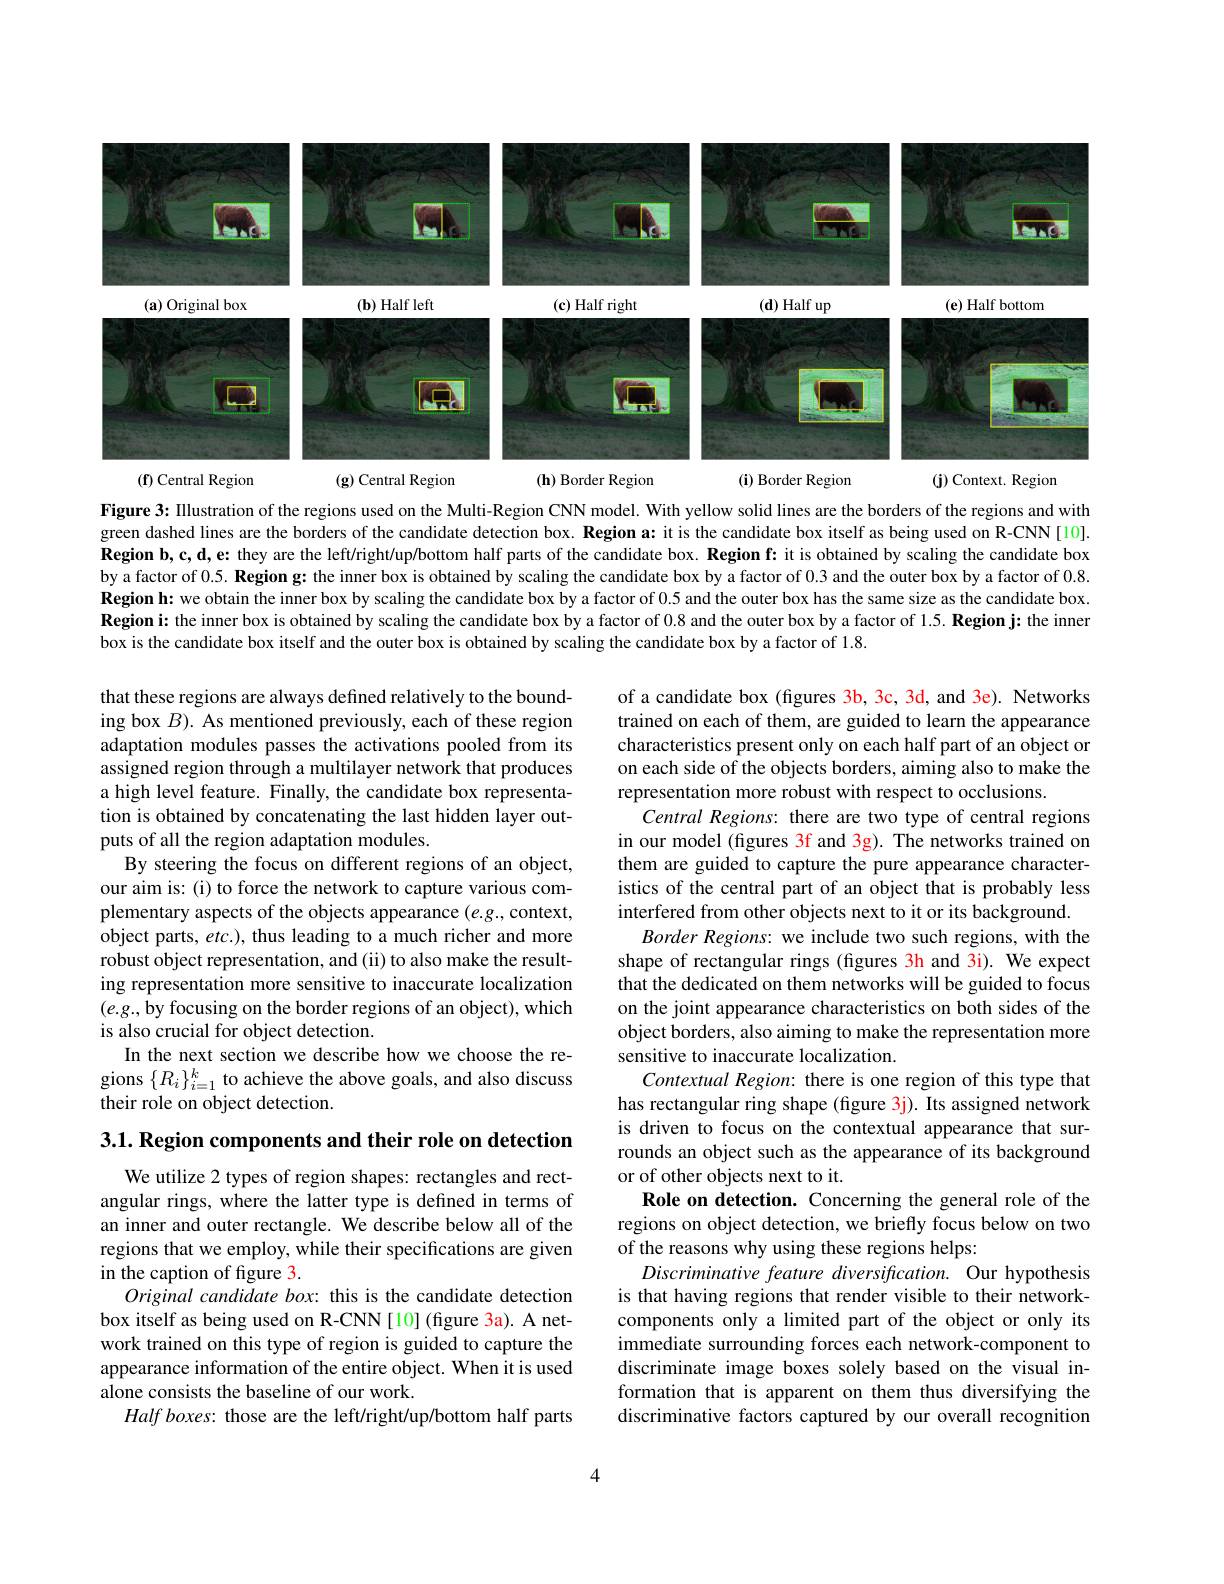
<FigureHere>

Figure 3: Illustration of the regions used on the Multi-Region CNN model. With yellow solid lines are the borders of the regions and with green dashed lines are the borders of the candidate detection box. Region a: it is the candidate box itself as being used on R-CNN[10]. Region b, c, d, e: they are the left/right/up/bottom half parts of the candidate box. Region f: it is obtained by scaling the candidate box by a factor of $0. 5. \textbf{Region g: the inner box is obtained by scaling the candidate box by a factor of 0. 3 and the outer box by a factor of 0. 8. }$ Region h: we obtain the inner box by scaling the candidate box by a factor of 0.5 and the outer box has the same size as the candidate box. Region i: the inner box is obtained by scaling the candidate box by a factor of 0.8 and the outer box by a factor of 1.5. Region j: the inner box is the candidate box itself and the outer box is obtained by scaling the candidate box by a factor of 1.8.

that these regions are always defined relatively to the bounding box $B).$ As mentioned previously, each of these region adaptation modules passes the activations pooled from its assigned region through a multilayer network that produces a high level feature. Finally, the candidate box representation is obtained by concatenating the last hidden layer outputs of all the region adaptation modules.
By steering the focus on different regions of an object, our aim is: (i) to force the network to capture various complementary aspects of the objects appearance $(e.g.$,context, object parts, $etc.)$, thus leading to a much richer and more robust object representation, and (ii) to also make the resulting representation more sensitive to inaccurate localization $(e.g.$,by focusing on the border regions of an object), which is also crucial for object detection.
In the next section we describe how we choose the regions $\{R_{i}\}_{i=1}^{k}$ to achieve the above goals, and also discuss their role on object detection.

of a candidate box (figures 3b, 3c, 3d, and 3e). Networks trained on each of them, are guided to learn the appearance characteristics present only on each half part of an object or on each side of the objects borders, aiming also to make the representation more robust with respect to occlusions.
Central Regions: there are two type of central regions in our model (figures 3f and 3g). The networks trained on them are guided to capture the pure appearance characteristics of the central part of an object that is probably less interfered from other objects next to it or its background.
Border Regions: we include two such regions, with the shape of rectangular rings (figures 3h and 3i). We expect that the dedicated on them networks will be guided to focus on the joint appearance characteristics on both sides of the object borders, also aiming to make the representation more sensitive to inaccurate localization.
Contextual Region: there is one region of this type that has rectangular ring shape (figure 3j). Its assigned network is driven to focus on the contextual appearance that surrounds an object such as the appearance of its background or of other objects next to it.
Role on detection. Concerning the general role of the regions on object detection, we briefly focus below on two of the reasons why using these regions helps:
Discriminative feature diversification. Our hypothesis is that having regions that render visible to their networkcomponents only a limited part of the object or only its immediate surrounding forces each network-component to discriminate image boxes solely based on the visual information that is apparent on them thus diversifying the discriminative factors captured by our overall recognition

3.1. Region components and their role on detection

We utilize 2 types of region shapes: rectangles and rectangular rings, where the latter type is defined in terms of an inner and outer rectangle. We describe below all of the regions that we employ, while their specifications are given in the caption of figure 3.
Original candidate box: this is the candidate detection box itself as being used on R-CNN [10] (figure 3a). A network trained on this type of region is guided to capture the appearance information of the entire object. When it is used alone consists the baseline of our work.
$Half\textit{boxes:  those are the left/ right/ up/ bottom half parts}$

4